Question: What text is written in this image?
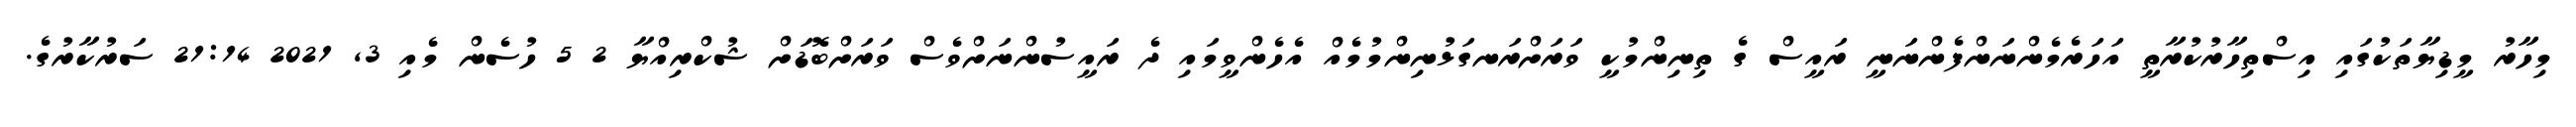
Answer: މިހާރު މީޑިޔާތަކުގައި އިސްތިހާރުކުރާތީ އަހަރެމެންނަންފެންނަނީ ރައީސް ގެ ތިނިންމުކީ ވަރަށްރަނގަޅުނިންމުމެއް އެހެންވީމައި ދެ ރައީސުންނަށްވެސް ވަރަށްބޮޑަށް ޝުކްރިއްޔާ 2 5 ހުސެން މެއި 3, 2021 21:14 ސަރުކާރުގެ.